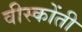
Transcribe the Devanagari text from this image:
वीस्कोंती